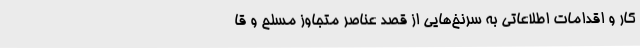
کار و اقدامات اطلاعاتی به سرنخ‌هایی از قصد عناصر متجاوز مسلح و قا